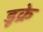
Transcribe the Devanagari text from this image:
डूक्रे